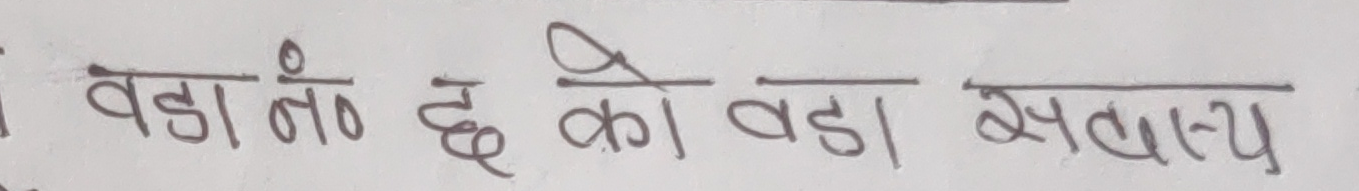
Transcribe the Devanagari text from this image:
वडा नं० ६ को वडा सचिवालय